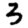
Digit: 3